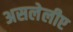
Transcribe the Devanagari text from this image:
असलेलीए